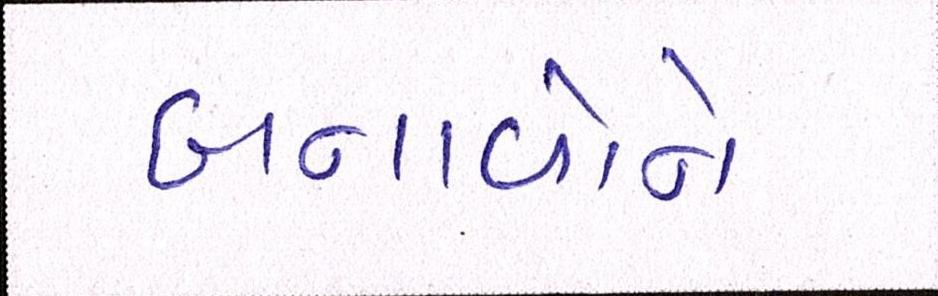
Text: બનાવોને